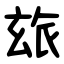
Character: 玈